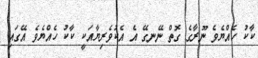
ކާކު ހެއްޔެވެ ނޫރާގެ ގޮތް ނޭނގޭ އެ އެކުވެރިޔާއަކީ ކާކު ހެއްޔެވެ އޭގައި